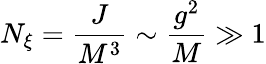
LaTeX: N_{\xi}={\frac{J}{M^{3}}}\sim{\frac{g^{2}}{M}}\gg 1